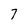
Character: 7